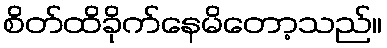
စိတ်ထိခိုက်နေမိတော့သည်။